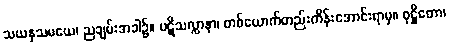
သယနှသမယေ၊ ညချမ်းအခါ၌။ ပဋိသလ္လာနာ၊ တစ်ယောက်တည်းကိန်းအောင်းရာမှ။ ဝုဋ္ဌိတော၊